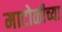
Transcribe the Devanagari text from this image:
माटोळीच्या